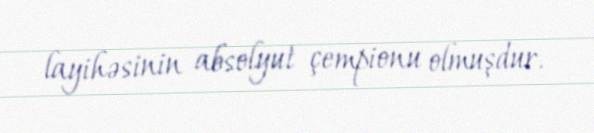
layihəsinin absolyut çempionu olmuşdur.